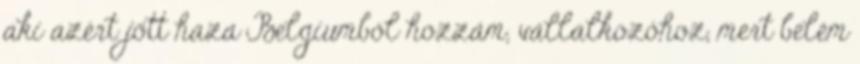
aki azért jött haza Belgiumból hozzám, vállalkozóhoz, mert belém